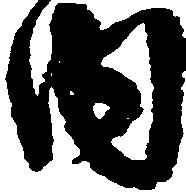
内